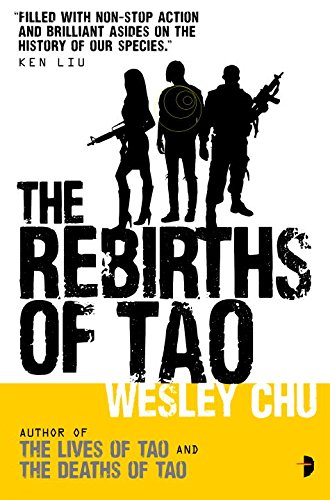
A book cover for The Rebirths of Tao: Tao Series Book Three; Wesley Chu; Romance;